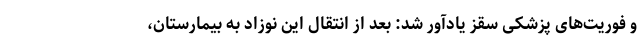
و فوریت‌های پزشکی سقز یادآور شد: بعد از انتقال این نوزاد به بیمارستان،